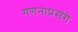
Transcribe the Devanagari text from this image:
गणनाप्रसंगे